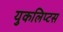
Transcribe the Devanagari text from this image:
युकलिप्टस